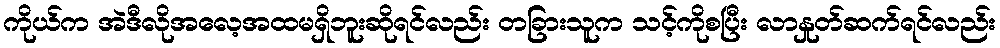
ကိုယ်က အဲဒီလိုအလေ့အထမရှိဘူးဆိုရင်လည်း တခြားသူက သင့်ကိုစပြီး လာနှုတ်ဆက်ရင်လည်း